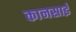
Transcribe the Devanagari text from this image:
कानसाई